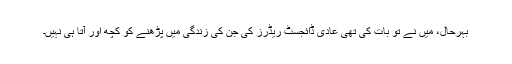
بہرحال، میں نے تو بات کی تھی عادی ڈائجسٹ ریڈرز کی جن کی زندگی میں پڑھنے کو کچھ اور آتا ہی نہیں۔